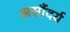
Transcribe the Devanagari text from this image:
असौंदर्य